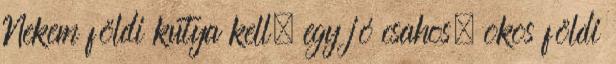
Nekem földi kutya kell, egy jó csahos, okos földi